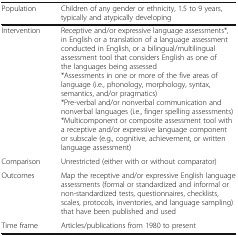
<table><thead><tr><td><b>Population</b></td><td><b>Children of any gender or ethnicity, 1.5 to 9 years, typically and atypically developing</b></td></tr></thead><tbody><tr><td>Intervention</td><td>Receptive and/or expressive language assessments*, in English or a translation of a language assessment conducted in English, or a bilingual/multilingual assessment tool that considers English as one of the languages being assessed*Assessments in one or more of the five areas of language (i.e., phonology, morphology, syntax, semantics, and/or pragmatics)*Pre-verbal and/or nonverbal communication and nonverbal languages (i.e., finger spelling assessments)*Multicomponent or composite assessment tool with a receptive and/or expressive language component or subscale (e.g., cognitive, achievement, or written language assessment)</td></tr><tr><td>Comparison</td><td>Unrestricted (either with or without comparator)</td></tr><tr><td>Outcomes</td><td>Map the receptive and/or expressive English language assessments (formal or standardized and informal or non-standardized tests, questionnaires, checklists, scales, protocols, inventories, and language sampling) that have been published and used</td></tr><tr><td>Time frame</td><td>Articles/publications from 1980 to present</td></tr></tbody></table>